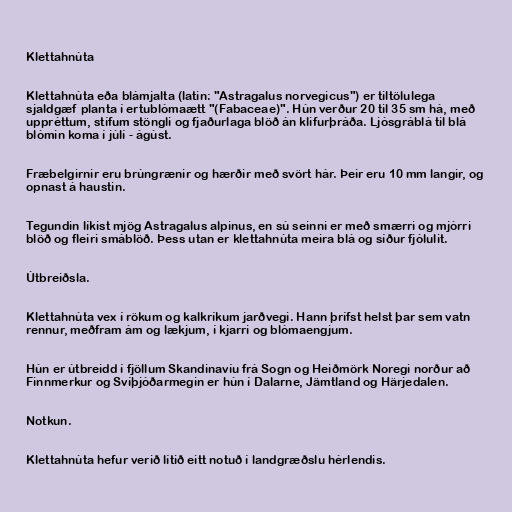
Klettahnúta

Klettahnúta eða blámjalta (latin: "Astragalus norvegicus") er tiltölulega
sjaldgæf planta í ertublómaætt "(Fabaceae)". Hún verður 20 til 35 sm há, með
uppréttum, stífum stöngli og fjaðurlaga blöð án klifurþráða. Ljósgráblá til blá
blómin koma í júlí - ágúst.

Fræbelgirnir eru brúngrænir og hærðir með svört hár. Þeir eru 10 mm langir, og
opnast á haustin.

Tegundin líkist mjög Astragalus alpinus, en sú seinni er með smærri og mjórri
blöð og fleiri smáblöð. Þess utan er klettahnúta meira blá og síður fjólulit.

Útbreiðsla.

Klettahnúta vex í rökum og kalkríkum jarðvegi. Hann þrífst helst þar sem vatn
rennur, meðfram ám og lækjum, í kjarri og blómaengjum.

Hún er útbreidd í fjöllum Skandinavíu frá Sogn og Heiðmörk Noregi norður að
Finnmerkur og Svíþjóðarmegin er hún í Dalarne, Jämtland og Härjedalen.

Notkun.

Klettahnúta hefur verið lítið eitt notuð í landgræðslu hérlendis.